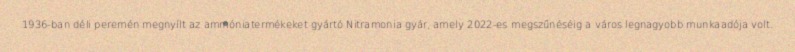
1936-ban déli peremén megnyílt az ammóniatermékeket gyártó Nitramonia gyár, amely 2022-es megszűnéséig a város legnagyobb munkaadója volt.